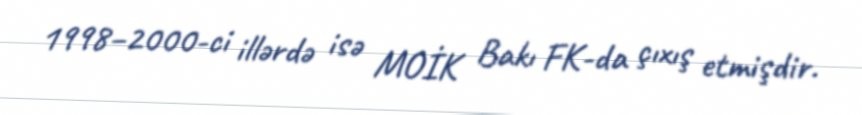
1998–2000-ci illərdə isə MOİK Bakı FK-da çıxış etmişdir.